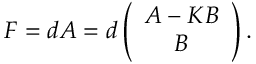
F = d A = d \left( \begin{array} { c } { { { \cal A } - K { \cal B } } } \\ { { { \cal B } } } \end{array} \right) .